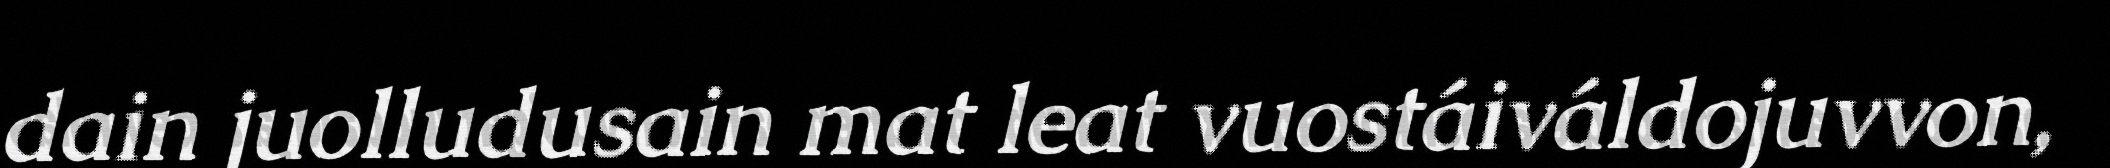
dain juolludusain mat leat vuostáiváldojuvvon,